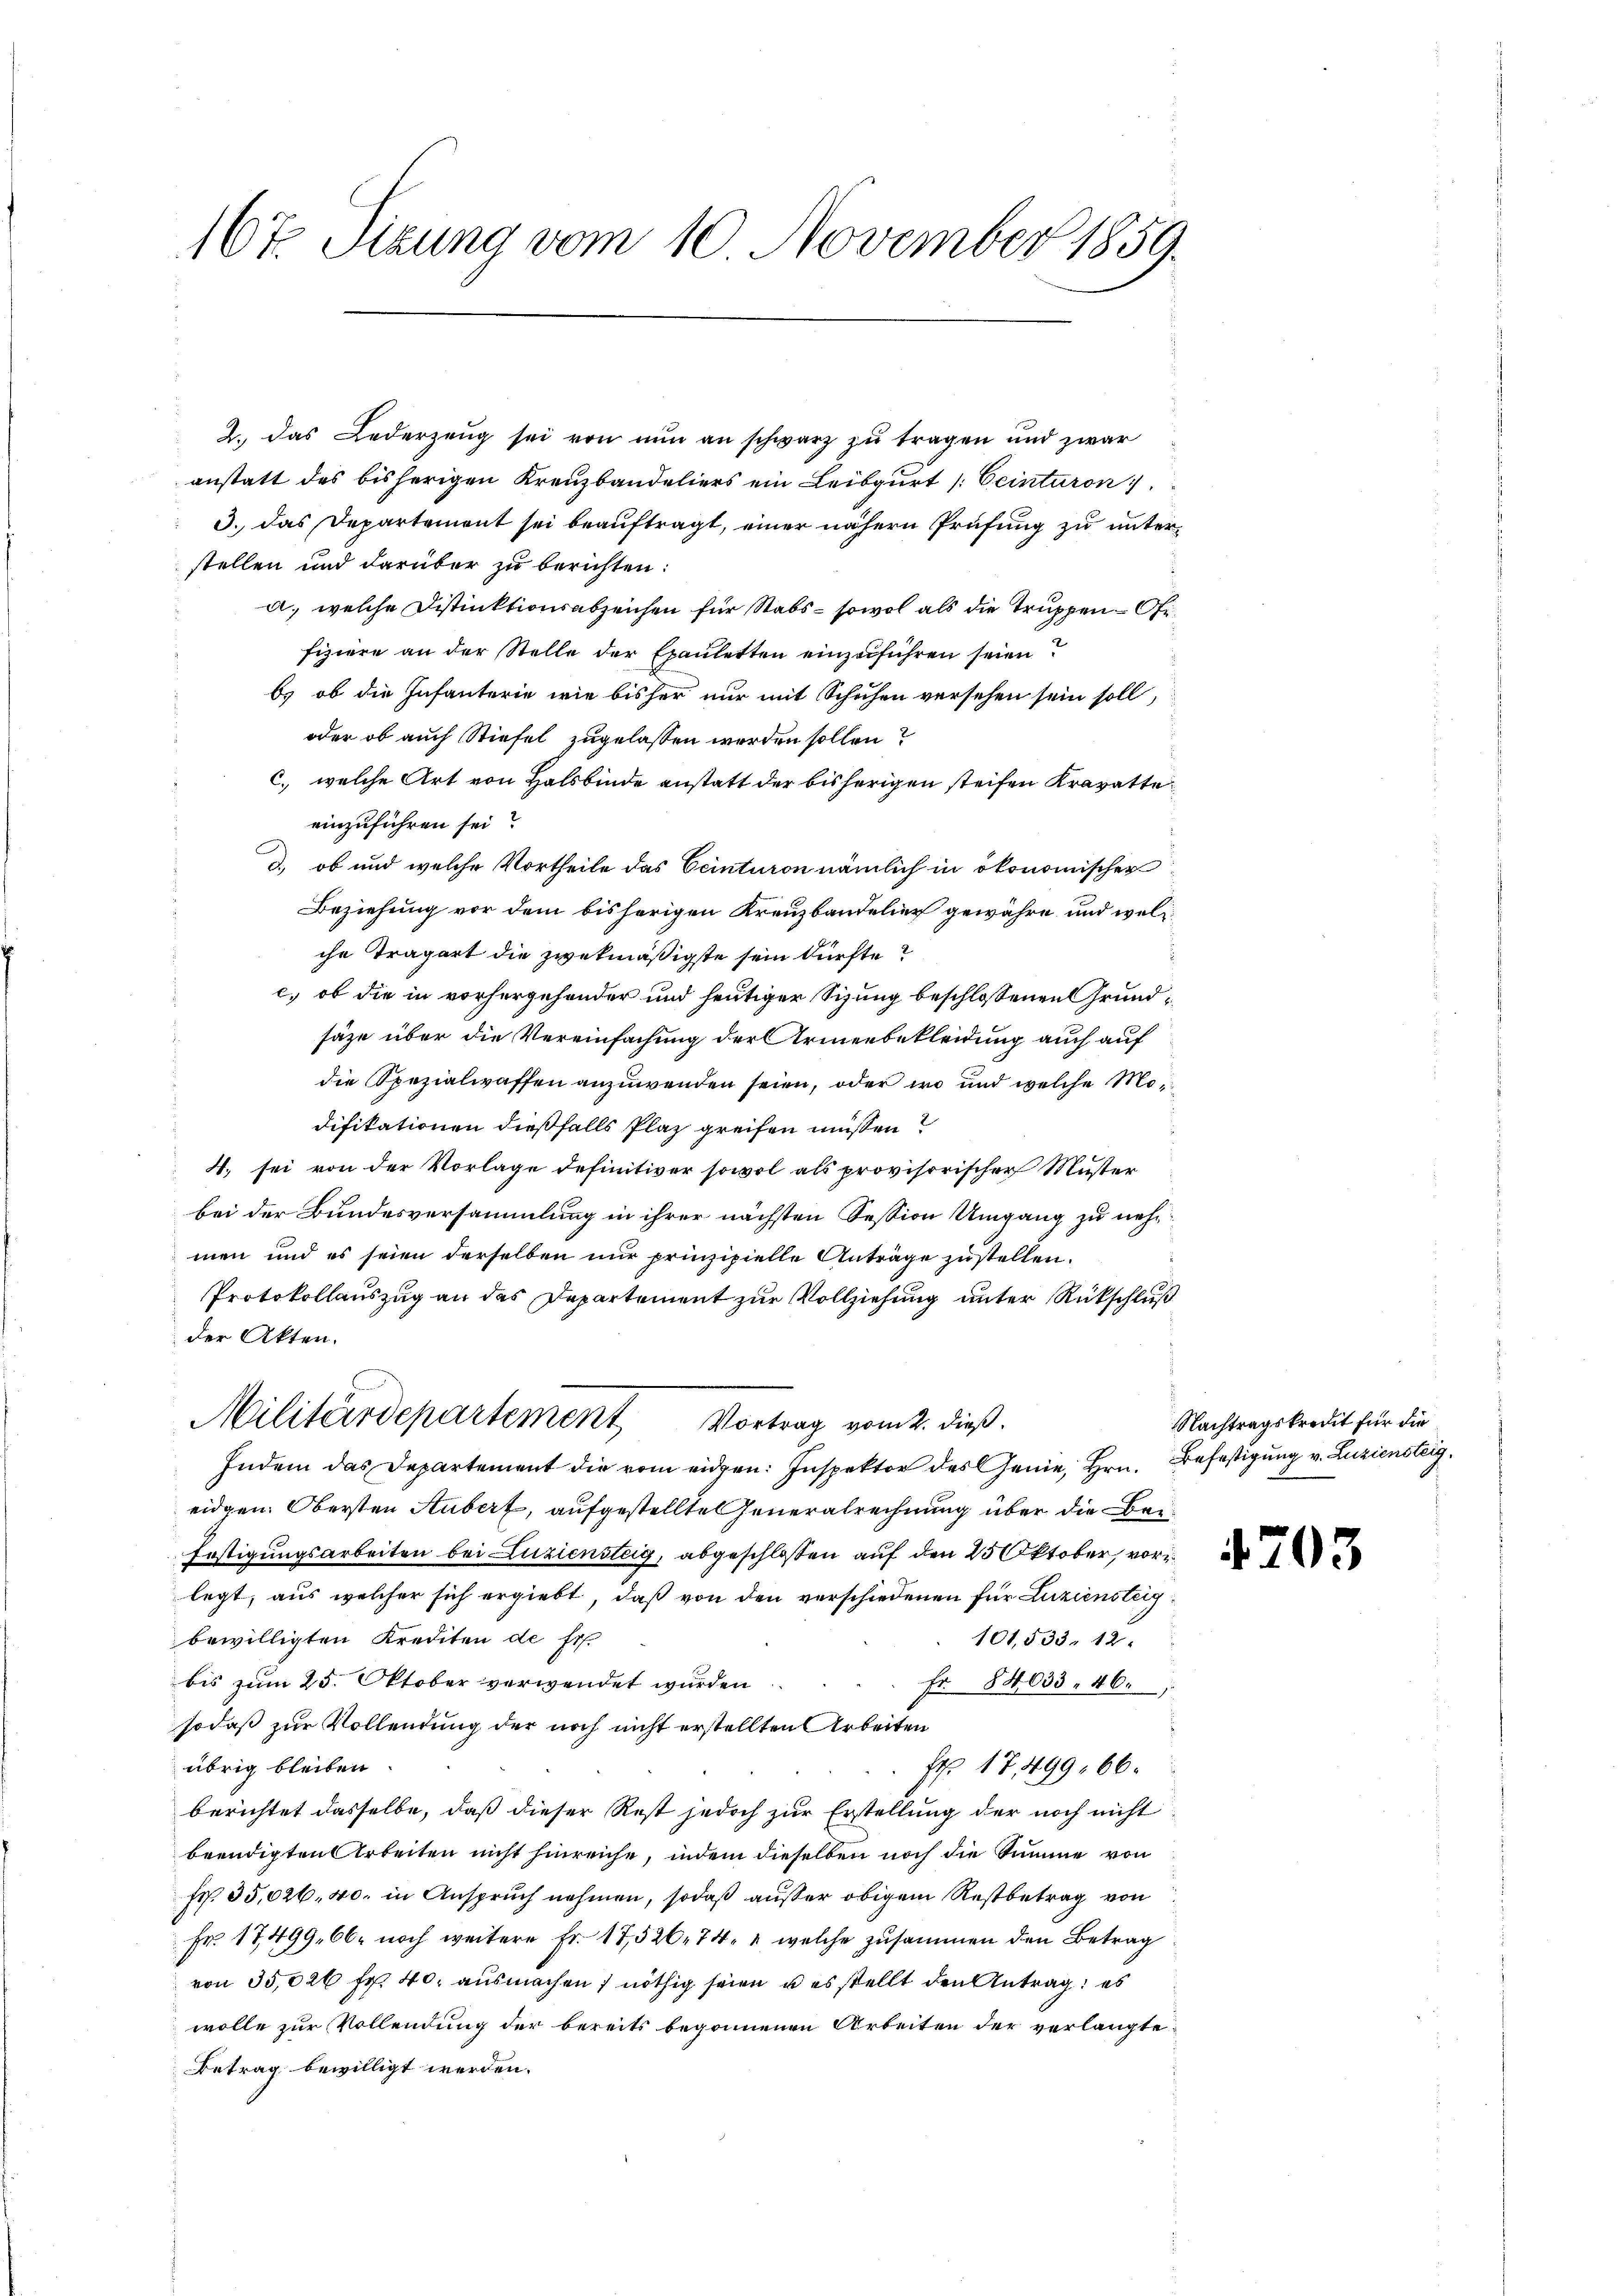
167. Sizung vom 10. November 1859.

2. Das Lederzeug sei von nun an schwarz zu tragen und zwar
anstatt des bisherigen Kreuzbandeliers ein Leibgurt [Ceinteron
3. das Departement sei beauftragt, einer nähern Prüfung zu unterstellen und darüber zu berichten:
a. welche Distinktionsabzeichen für Stabs- sowol als die Truppen - Orfiziere an der Stelle der Epauletten einzuführen seien
b. ob die Infanterie wie bisher nur mit Schuhen versehen sein soll,
oder ob auch Stiefel zugelassen werden sollen?
c. welche Art von Halsbinde anstatt der bisherigen steifen Kravatte
einzuführen sei?
d.) ob und welche Vortheile das Ceinturen nämlich in ökonomischen
s
Beziehung vor dem bisherigen Kreuzbandelier gewähre und welche Trägart die zwekmäßigste sein dürfte?
c, ob die in vorhergesonder und heutiger Sizung beschlossenen Grundsäze über die Vereinfachung der Armenbekleidung auch auf
die Spezialwaffen anzuwenden seien, oder wo und welche Modifikationen dießfalls Plaz greifen müssen?
4. sei von der Vorlage definitiver sowol als provisorischer Muster
bei der Bundesversammlung in ihrer nächsten Session Umgang zu nehmen und es seien derselben nur prinzipielle Anträge zustellen.
Protokollauszug an das Departement zur Vollziehung unter Rückschluß
der Akten.
Militärdepartement Vortrag vom 2. dieß.
Indem das Departement die vom eidgen: Inspektor des Genie, Hrn. Befestigung v. Luziensteig
eidgen. Obersten Aubert, aufgestellte Generalrechnung über die Be¬
Erstigungsarbeiten bei Luziensteig, abgeschloßen auf den 25 Oktober, vor
legt, aus welcher sich ergiebt, daß von den verschiedenen für Luziensteigbewilligten Krediten de fr.
101,533. 12.
bis zum 25. Oktober verwendet wurden
Fr. 84033. 46.
sodaß zur Vollendung der noch nicht erstellten Arbeiten
übrig bleiben.
Fr. 17499. 66.
berichtet dasselbe, daß dieser Rest jedoch zur Erstellung der noch nicht
beendigten Arbeiten nicht hinreiche, indem dieselben noch die Summe von
fr. 35,026. 40. in Anspruch nehmen, sodaß außer obigem Restbetrag von
Fr. 17499, 66. noch weitere Fr. 17,526, 74, 2, welche zusammen den Betrag
von 35,026 fr. 40. ausmachen ; nöthig seien u es stellt den Antrag; es
wolle zur Vollendung der bereits begonnenen Arbeiten der verlangte
Betrag bewilligt werden.

Nachtragskredit für die

4703